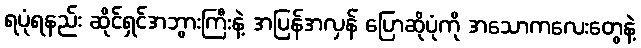
ရပုံရနည်း ဆိုင်ရှင်အဘွားကြီးနဲ့ အပြန်အလှန် ပြောဆိုပုံကို အသောကလေးတွေနဲ့